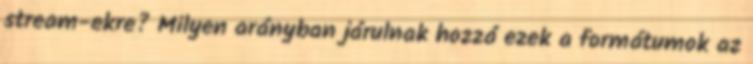
stream-ekre? Milyen arányban járulnak hozzá ezek a formátumok az